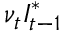
\nu _ { t } I _ { t - 1 } ^ { * }